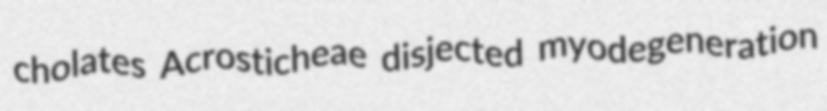
cholates Acrosticheae disjected myodegeneration